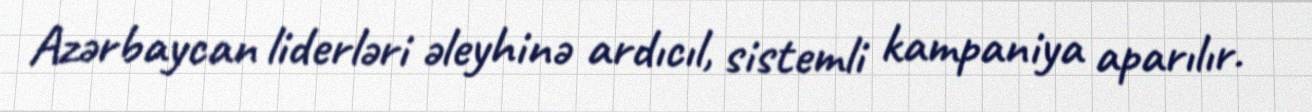
Azərbaycan liderləri əleyhinə ardıcıl, sistemli kampaniya aparılır.